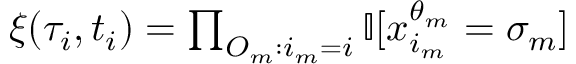
\begin{array} { r } { \xi ( \tau _ { i } , t _ { i } ) = \prod _ { O _ { m } : i _ { m } = i } \mathbb { I } [ x _ { i _ { m } } ^ { \theta _ { m } } = \sigma _ { m } ] } \end{array}